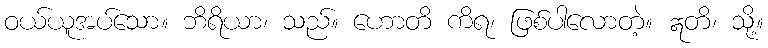
ဝယ်ယူအပ်သော။ ဘိရိယာ၊ သည်။ ဟောတိ ကိရ၊ ဖြစ်ပါလောတဲ့။ ဣတိ၊ သို့။